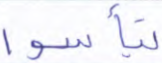
تيأسوا